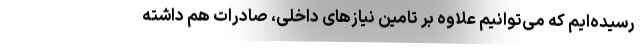
رسیده‌ایم که می‌توانیم علاوه بر تامین نیازهای داخلی، صادرات هم داشته